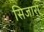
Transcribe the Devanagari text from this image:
सिजारा